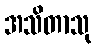
အသိတာသု